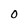
Character: 0